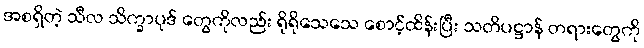
အစရှိတဲ့ သီလ သိက္ခာပုဒ် တွေကိုလည်း ရိုရိုသေသေ စောင့်ထိန်းပြီး သတိပဋ္ဌာန် တရားတွေကို